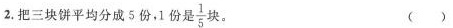
2.把三块饼平均分成5份，1份是\frac{1}{5}块。